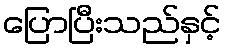
ပြောပြီးသည်နှင့်